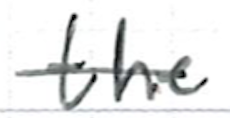
Text: the
Cross-out: mix
Writing tool: ballpoint